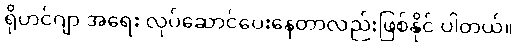
ရိုဟင်ဂျာ အရေး လုပ်ဆောင်ပေးနေတာလည်းဖြစ်နိုင် ပါတယ်။